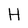
Character: H